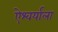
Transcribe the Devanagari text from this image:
ऐश्वर्याला